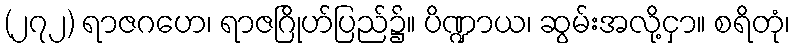
(၂၇၂) ရာဇဂဟေ၊ ရာဇဂြိုဟ်ပြည်၌။ ပိဏ္ဍာယ၊ ဆွမ်းအလို့ငှာ။ စရိတုံ၊